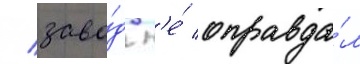
/ заво́д н'е́ оправда́л